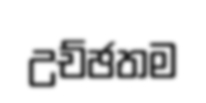
උච්ඡතම